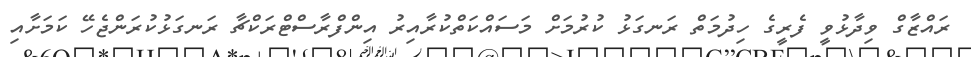
ރައްޒާގް ވިދާޅުވީ ފެރީގެ ހިދުމަތް ރަނގަޅު ކުރުމަށް މަސައްކަތްކުރާއިރު އިންފްރާސްޓްރަކްޗާ ރަނގަޅުުކުރަންޖެހޭ ކަމަށާއި